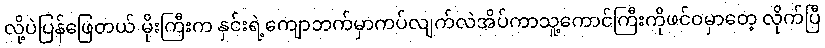
လို့ပဲပြန်ဖြေတယ် မိုးကြီးက နှင်းရဲ့ကျောဘက်မှာကပ်လျက်လဲအိပ်ကာသူ့ကောင်ကြီးကိုဖင်ဝမှာတေ့ လိုက်ပြီ